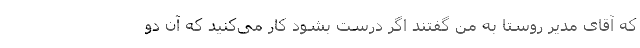
که آقای مدیر روستا به من گفتند اگر درست بشود کار می‌کنید که آن دو